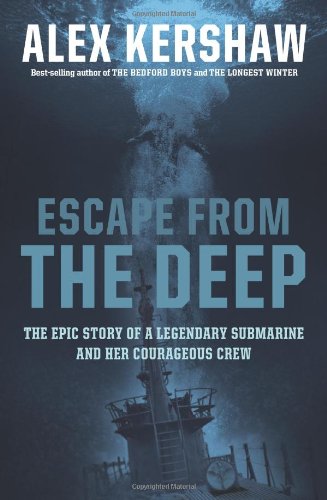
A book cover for Escape From The Deep: The Epic Story of a Legendary Submarine and Her Courageous Crew; Alex Kershaw; History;